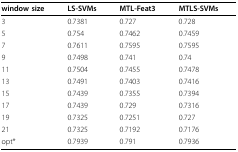
| window size | LS-SVMs | MTL-Feat3 | MTLS-SVMs |
 | --- | --- | --- | --- |
 | 3 | 0.7381 | 0.727 | 0.728 |
 | 5 | 0.754 | 0.7462 | 0.7459 |
 | 7 | 0.7611 | 0.7595 | 0.7595 |
 | 9 | 0.7498 | 0.741 | 0.74 |
 | 11 | 0.7504 | 0.7455 | 0.7478 |
 | 13 | 0.7491 | 0.7403 | 0.7416 |
 | 15 | 0.7439 | 0.7355 | 0.7394 |
 | 17 | 0.7439 | 0.729 | 0.7316 |
 | 19 | 0.7325 | 0.7251 | 0.727 |
 | 21 | 0.7325 | 0.7192 | 0.7176 |
 | opt* | 0.7939 | 0.791 | 0.7936 |